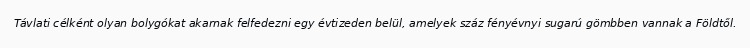
Távlati célként olyan bolygókat akarnak felfedezni egy évtizeden belül, amelyek száz fényévnyi sugarú gömbben vannak a Földtől.